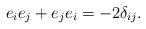
LaTeX: \begin{align*}e_ie_j+e_je_i=-2\delta_{ij}.\end{align*}